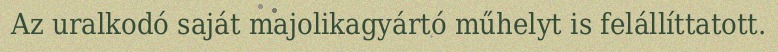
Az uralkodó saját majolikagyártó műhelyt is felállíttatott.